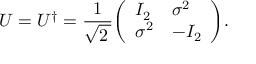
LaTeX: U = U ^ { \dagger } = { \frac { 1 } { \sqrt { 2 \, } } } { \left( \begin{array} { l l } { I _ { 2 } } & { \sigma ^ { 2 } } \\ { \sigma ^ { 2 } } & { - I _ { 2 } } \end{array} \right) } .